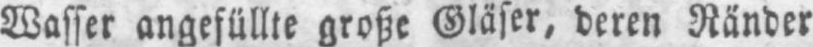
Wasser angefüllte große Gläser, deren Ränder